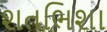
શતભિશા